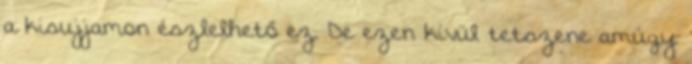
a kisujjamon észlelhető ez. De ezen kívül tetszene amúgy.